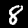
Digit: 8